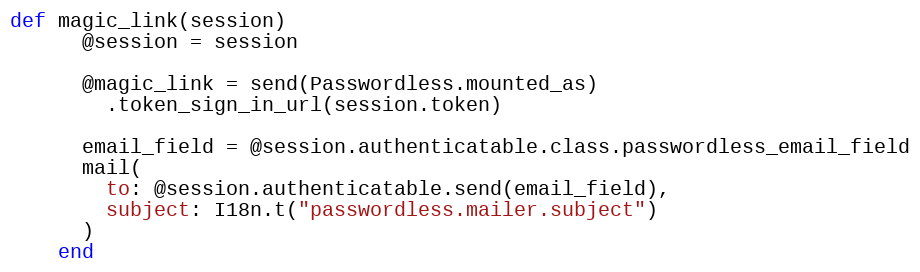
Language: Ruby
def magic_link(session)
      @session = session

      @magic_link = send(Passwordless.mounted_as)
        .token_sign_in_url(session.token)

      email_field = @session.authenticatable.class.passwordless_email_field
      mail(
        to: @session.authenticatable.send(email_field),
        subject: I18n.t("passwordless.mailer.subject")
      )
    end